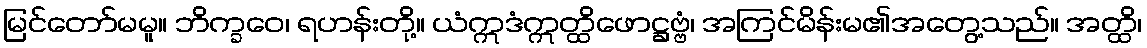
မြင်တော်မမူ။ ဘိက္ခဝေ၊ ရဟန်းတို့။ ယံဣဒံဣတ္ထိဖောဋ္ဌဗ္ဗံ၊ အကြင်မိန်းမ၏အတွေ့သည်။ အတ္ထိ၊